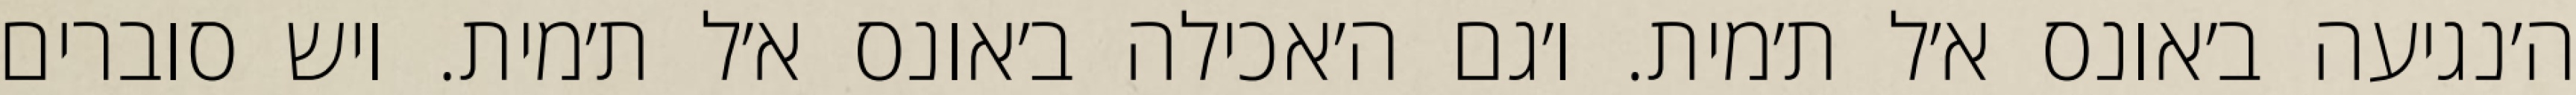
ה׳נגיעה ב׳אונס א׳ל ת׳מית. ו׳גם ה׳אכילה ב׳אונס א׳ל ת׳מית. ויש סוברים